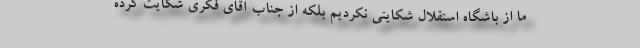
ما از باشگاه استقلال شکایتی نکردیم بلکه از جناب آقای فکری شکایت کرده